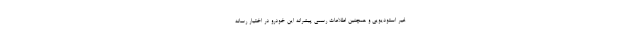
غیر استودیویی و همچنین اطلاعات رسمی پیشرانه این خودرو در اختیار رسانه